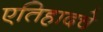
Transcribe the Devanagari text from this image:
एतिहादचे